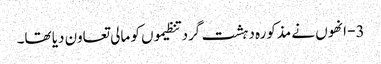
3- انھوں نے مذکورہ دہشت گرد تنظیموں کو مالی تعاون دیا تھا۔